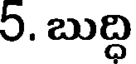
5. బుద్ధి